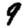
Digit: 9